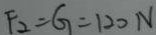
F _ { 2 } = G = 1 2 0 N